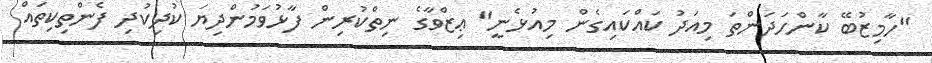
"ހާމިޒުބޭ ކާންހަދަންތަ މިއަދު ކައްކައިގެން މިއުޅެނީ" ޢިޒްވާގެ ނިތްކުރިން ފާޅުވަމުންދިޔަ ކުދިކުދި ފެންތިކިތައް